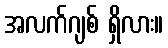
အလက်ဂျစ် ရှိလား။